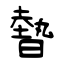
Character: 暬